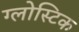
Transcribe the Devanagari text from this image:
ग्लोस्टिक